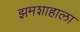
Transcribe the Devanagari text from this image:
झमशाहाला